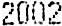
2002